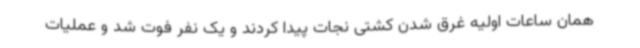
همان ساعات اولیه غرق شدن کشتی نجات پیدا کردند و یک نفر فوت شد و عملیات